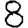
Digit: 8